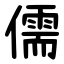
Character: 儒